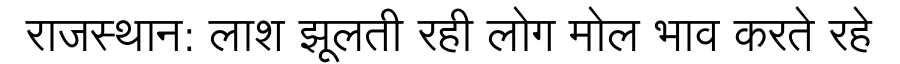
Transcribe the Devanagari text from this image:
राजस्थान: लाश झूलती रही लोग मोल भाव करते रहे